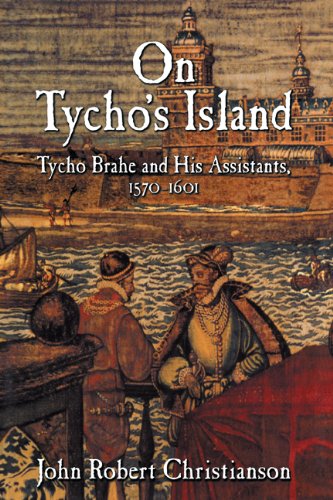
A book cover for On Tycho's Island: Tycho Brahe and his Assistants, 1570-1601; John Robert Christianson; Biographies & Memoirs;